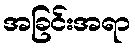
အခြင်းအရာ